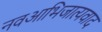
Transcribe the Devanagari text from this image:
नवआभिजात्यवाद